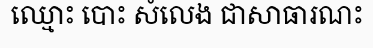
ឈ្មោះ បោះ សំលេង ជាសាធារណះ